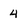
Character: 4